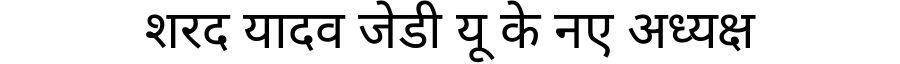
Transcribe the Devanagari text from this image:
शरद यादव जेडी यू के नए अध्यक्ष